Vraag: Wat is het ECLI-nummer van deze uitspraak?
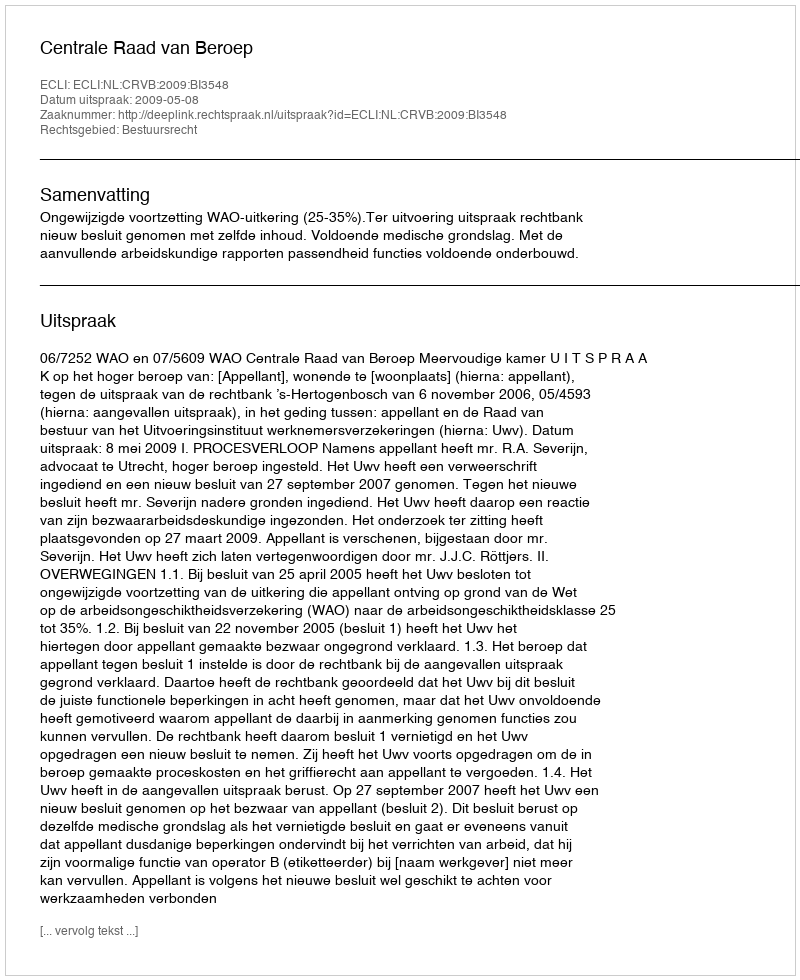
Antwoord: ECLI:NL:CRVB:2009:BI3548